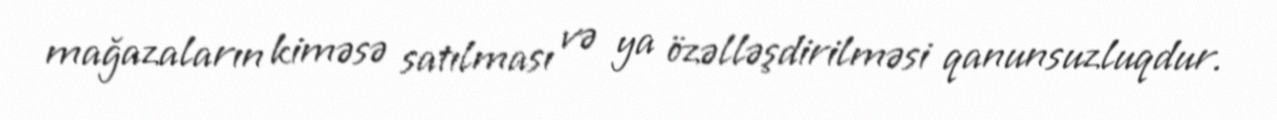
mağazaların kiməsə satılması və ya özəlləşdirilməsi qanunsuzluqdur.